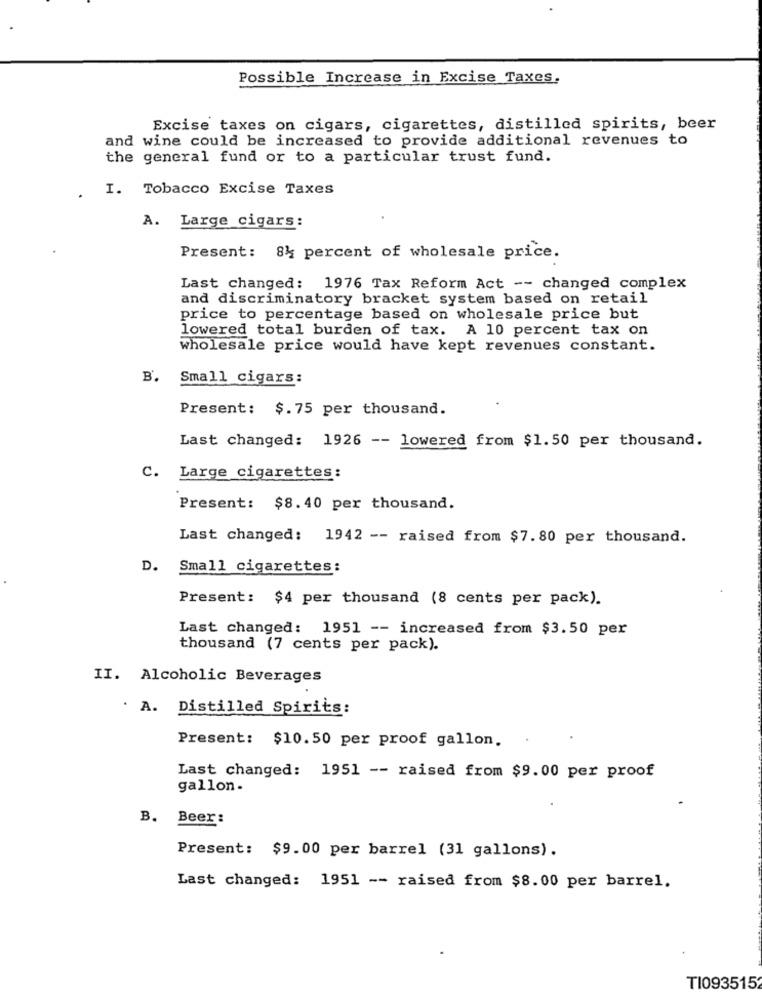
Possible Increase in Excise Taxes.
Excise taxes on cigars, cigarettes, distilled spirits, beer
and wine could be increased to provide additional revenues to
the general fund or to a particular trust fund.
I. Tobacco Excise Taxes
A. Large cigars:
Present: 84 percent of wholesale price.
Last changed: 1976 Tax Reform Act -- changed complex
and discriminatory bracket system based on retail
price to percentage based on wholesale price but
lowered total burden of tax. A 10 percent tax on
wholesale price would have kept revenues constant.
B. Small cigars:
Present: $.75 per thousand.
Last changed: 1926 -- lowered from $1.50 per thousand.
C. Large cigarettes:
Present: $8.40 per thousand.
Last changed: 1942 -- raised from $7.80 per thousand.
D. Small cigarettes:
Present: $4 per thousand (8 cents per pack).
Last changed: 1951 -- increased from $3.50 per
thousand (7 cents per pack).
II. Alcoholic Beverages
. A. Distilled Spirits:
Present: $10.50 per proof gallon.
Last changed: 1951 -- raised from $9.00 per proof
gallon.
B. Beer:
Present: $9.00 per barrel (31 gallons).
Last changed: 1951 -- raised from $8.00 per barrel.
TI0935152